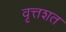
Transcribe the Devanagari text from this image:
वृत्तशत